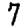
Digit: 7